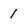
Character: 1